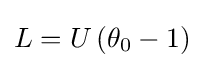
L=U\left(\theta _{0}-1\right)